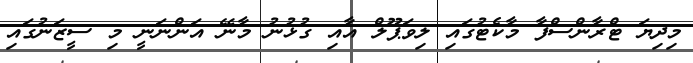
މިދިޔަ ޓްރާންސްފާ މާކެޓުގައި ލިވަޕޫލް އާއި ގުޅުނު މާނޭ އަންނަނީ މި ސީޒަނުގައި